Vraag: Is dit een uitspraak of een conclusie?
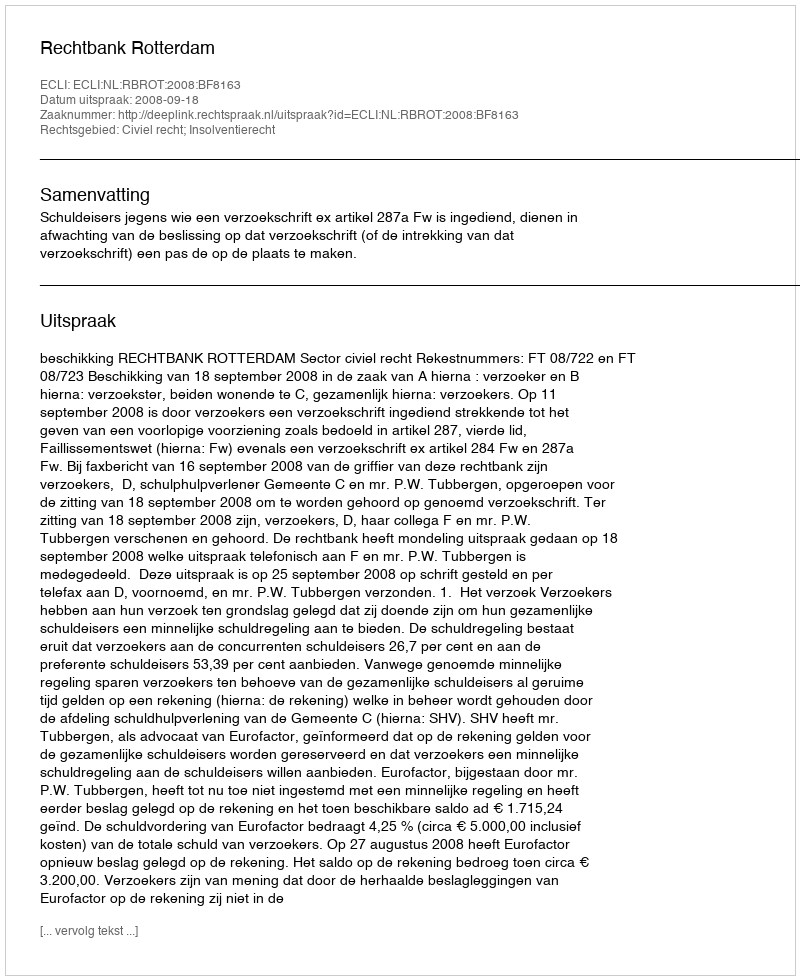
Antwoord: Uitspraak